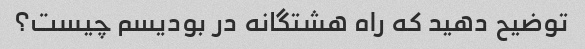
توضیح دهید که راه هشتگانه در بودیسم چیست؟